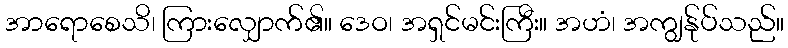
အာရောစေသိ၊ ကြားလျှောက်၏။ ဒေဝ၊ အရှင်မင်းကြီး။ အဟံ၊ အကျွန်ုပ်သည်။